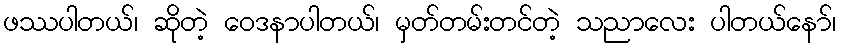
ဖဿပါတယ်၊ ဆိုတဲ့ ဝေဒနာပါတယ်၊ မှတ်တမ်းတင်တဲ့ သညာလေး ပါတယ်နော်၊